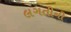
લગતીની